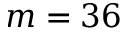
m = 3 6